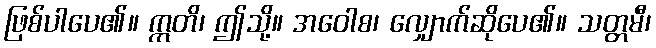
ဖြစ်ပါပေ၏။ ဣတိ၊ ဤသို့။ အဝေါစ၊ လျှောက်ဆိုပေ၏။ သတ္တမီ၊